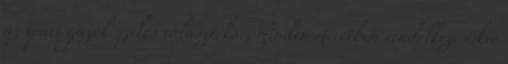
az ipari gázok széles választéka , minden méretben rendelkezésükre